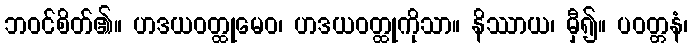
ဘဝင်စိတ်၏။ ဟဒယဝတ္ထုမေဝ၊ ဟဒယဝတ္ထုကိုသာ။ နိဿာယ၊ မှီ၍။ ပဝတ္တနံ၊